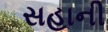
સહાની